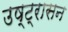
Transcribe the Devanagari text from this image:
उष्ट्रासन